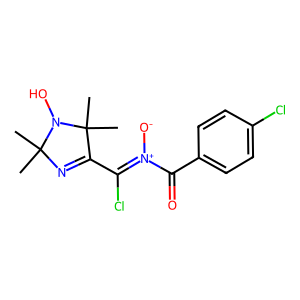
SMILES: CC1(C)N=C(C(Cl)=[N+]([O-])C(=O)c2ccc(Cl)cc2)C(C)(C)N1O
Inhibits HIV replication: No